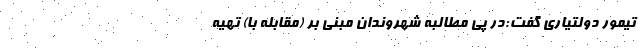
تیمور دولتیاری گفت:در پی مطالبه شهروندان مبنی بر (مقابله با) تهیه